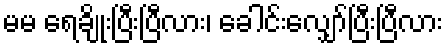
မမ ရေချိုးပြီးပြီလား၊ ခေါင်းလျှော်ပြီးပြီလား